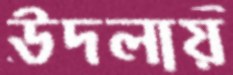
উদলায়